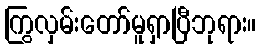
ကြွလှမ်းတော်မူရှာပြီဘုရား။